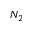
N _ { 2 }